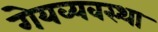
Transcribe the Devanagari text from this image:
गेयव्यवस्था